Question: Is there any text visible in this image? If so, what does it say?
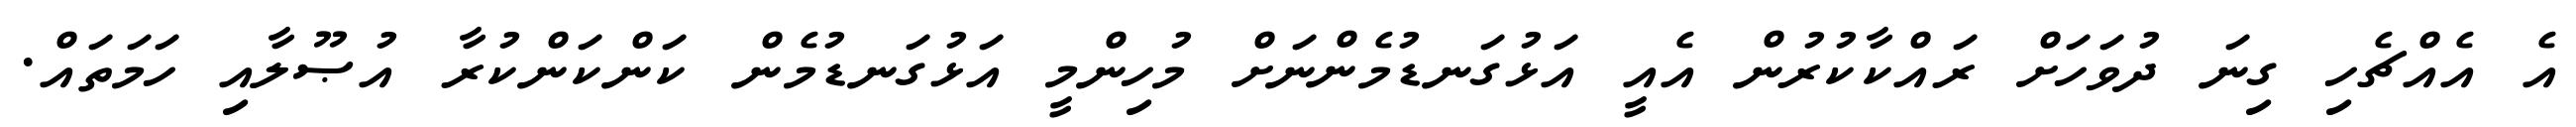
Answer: އެ އެއްޗެހި ގިނަ ދުވަހަށް ރައްކާކުރުން އެއީ އަޅުގަނޑުމެންނަށް މުހިންމީ އަޅުގަނޑުމެން ކަންކަންކުރާ އުޞޫލާއި ހަމަތައް.